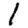
Digit: 1